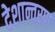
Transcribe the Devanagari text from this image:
देशान्तरण